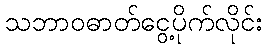
သဘာဝဓာတ်ငွေ့ပိုက်လိုင်း